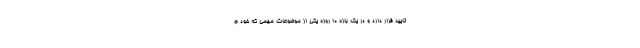
تایید قرار دارد و در یک بازه ۱۰ روزه یکی از موضوعات مهمی که خود م